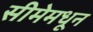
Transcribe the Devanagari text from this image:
सीमेमधून